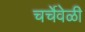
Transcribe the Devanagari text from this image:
चर्चेवेळी